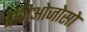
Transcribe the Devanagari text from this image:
बेजिओजोसो